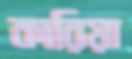
কারিয়া